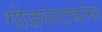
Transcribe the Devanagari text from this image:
गोडघाट्यांना